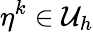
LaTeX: \eta^{k}\in\mathcal{U}_{h}